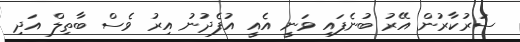
ސަރުކާރުން އޭރު ބުނެފައި ވަނީ އެއީ އުފެދުނު އިރު ވެސް ބާތިލް އަދި